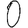
Digit: 0